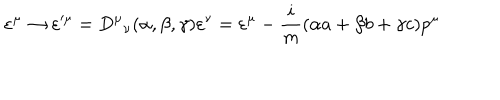
\varepsilon ^ { \mu } \rightarrow \varepsilon ^ { \prime \mu } = { D ^ { \mu } } _ { \nu } ( \alpha , \beta , \gamma ) \varepsilon ^ { \nu } = \varepsilon ^ { \mu } - \frac { i } { m } ( \alpha a + \beta b + \gamma c ) p ^ { \mu }